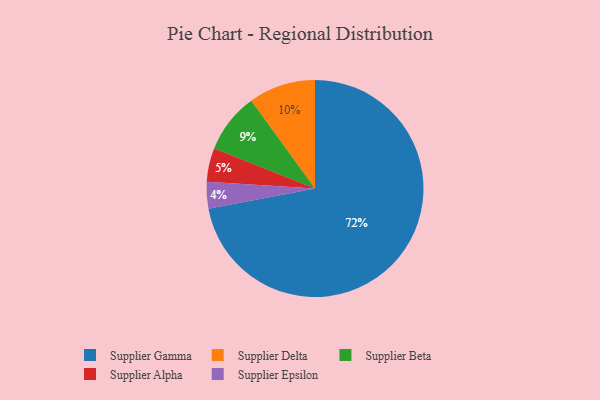
{"axis": {"x": "Category", "y": "Percentage"}, "legend": ["Supplier Alpha", "Supplier Beta", "Supplier Delta", "Supplier Epsilon", "Supplier Gamma"], "data": [{"x": "Supplier Alpha", "y": 5, "type": "Supplier Alpha"}, {"x": "Supplier Beta", "y": 9, "type": "Supplier Beta"}, {"x": "Supplier Delta", "y": 10, "type": "Supplier Delta"}, {"x": "Supplier Epsilon", "y": 4, "type": "Supplier Epsilon"}, {"x": "Supplier Gamma", "y": 72, "type": "Supplier Gamma"}]}